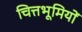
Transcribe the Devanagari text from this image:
चित्तभूमियों